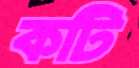
কটি